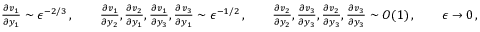
\begin{array} { r } { \frac { \partial v _ { 1 } } { \partial y _ { 1 } } \sim \epsilon ^ { - 2 / 3 } \, , \qquad \frac { \partial v _ { 1 } } { \partial y _ { 2 } } , \frac { \partial v _ { 2 } } { \partial y _ { 1 } } , \frac { \partial v _ { 1 } } { \partial y _ { 3 } } , \frac { \partial v _ { 3 } } { \partial y _ { 1 } } \sim \epsilon ^ { - 1 / 2 } \, , \qquad \frac { \partial v _ { 2 } } { \partial y _ { 2 } } , \frac { \partial v _ { 3 } } { \partial y _ { 3 } } , \frac { \partial v _ { 2 } } { \partial y _ { 3 } } , \frac { \partial v _ { 3 } } { \partial y _ { 3 } } \sim O ( 1 ) \, , \qquad \epsilon \to 0 \, , } \end{array}